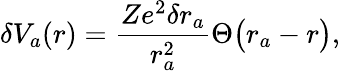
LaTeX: \delta V_{a}(r)=\frac{Ze^{2}\delta r_{a}}{r_{a}^{2}}\Theta\big(r_{a}-r\big),